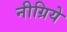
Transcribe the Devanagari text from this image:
नीग्रिये